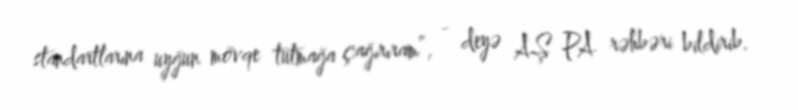
standartlarına uyğun mövqe tutmağa çağırıram”, - deyə AŞ PA rəhbəri bildirib.